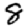
Digit: 8